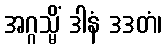
အဂ္ဂသ္မိံ ဒါနံ ဒဒတံ၊